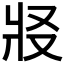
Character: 𰠏